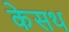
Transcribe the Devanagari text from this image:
केसथ